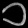
Digit: ၁